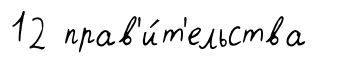
12 прав'и́т'ельства